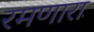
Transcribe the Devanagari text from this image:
रमणारा